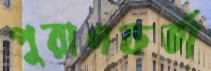
পুরাণকর্তা